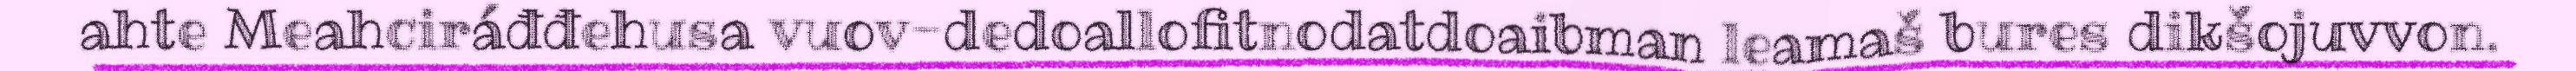
ahte Meahciráđđehusa vuov-dedoallofitnodatdoaibman leamaš bures dikšojuvvon.